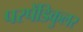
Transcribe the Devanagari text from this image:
परपेँडिकुलर